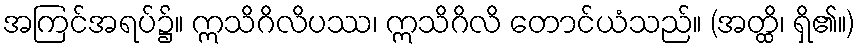
အကြင်အရပ်၌။ ဣသိဂိလိပဿ၊ ဣသိဂိလိ တောင်ယံသည်။ (အတ္ထိ၊ ရှိ၏။)